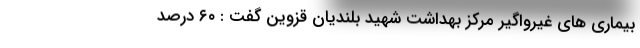
بیماری های غیرواگیر مرکز بهداشت شهید بلندیان قزوین گفت : ۶۰ درصد